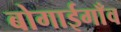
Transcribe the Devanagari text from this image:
बोगाईगाँव